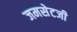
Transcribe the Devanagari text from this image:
जमसेटजी